Annual returns of the Patna Lunatic Asylum at Bankipore in Bihar and Orissa - 1912-1924
Year: 1912
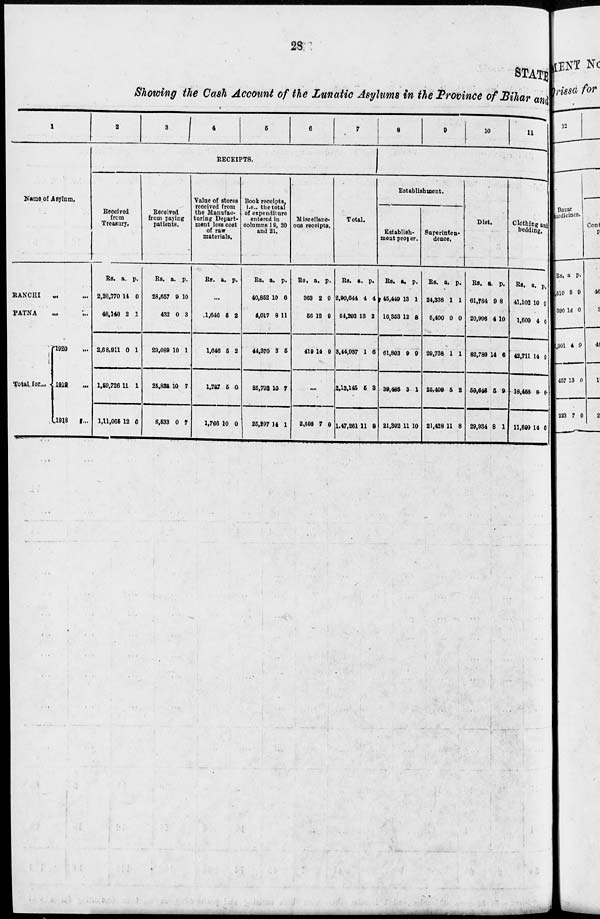
28
STATEMENT
Showing the Cash Account of the Lunatic Asylums in the Province of Bihar and
1
Name of Asylum.
RANCHI ... ...
PATNA ... ...
Total for...
1920 ...
1919 ...
1918 ...
2
3 4 5 6 7 8 9 10 11
RECEIPTS.
Recevied
from
Treasury.
Rs.
2,20,770
48,140
2,68,911
1,59,726
1,11,065
a.
14
2
0
11
12
p.
0
1
1
1
0
Received
from paying
patients.
Rs.
28,657
432
29,089
25,838
6,533
a.
9
0
10
10
0
p.
10
3
1
7
7
Value of stores
received from
the Manufac-
turing Depart-
ment less cost
of raw
materials.
Rs. a. p.
.....
1,646
1,646
1,787
1,766
5
5
5
10
2
2
0
0
Book receipts.
i.e., the total
of expenditure
entered in
columns 19, 20
and 21.
Rs.
40,852
4,017
44,370
25,792
25,297
a.
10
8
3
10
14
p.
6
11
5
7
1
Miscellane-
ous receipts.
Rs.
363
56
419
a.
2
12
14
p.
0
9
9
...
2,598 7 0
Total.
Rs.
2,90,644
54,293
3,44,937
2,13,145
1,47,261
a.
4
13
1
5
11
p.
4
2
6
3
9
Establishment.
Establish-
ment proper.
Rs.
45,449
16,353
61,803
39,485
21,302
a.
13
12
9
3
11
p.
1
8
9
1
10
Superinten-
dence.
Rs.
24,338
5,400
29,738
25,409
21,428
a.
1
0
1
5
11
p.
1
0
1
2
8
Diet.
Rs.
61,784
20,996
82,780
59,649
29,934
a.
9
4
14
5
8
p.
8
10
6
9
1
Clothing and
bedding.
Rs.
41,102
1,609
42,711
18,456
11,699
a.
10
4
14
8
14
p.
9
0
9
0
0